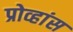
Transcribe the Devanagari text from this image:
प्रोव्हांस